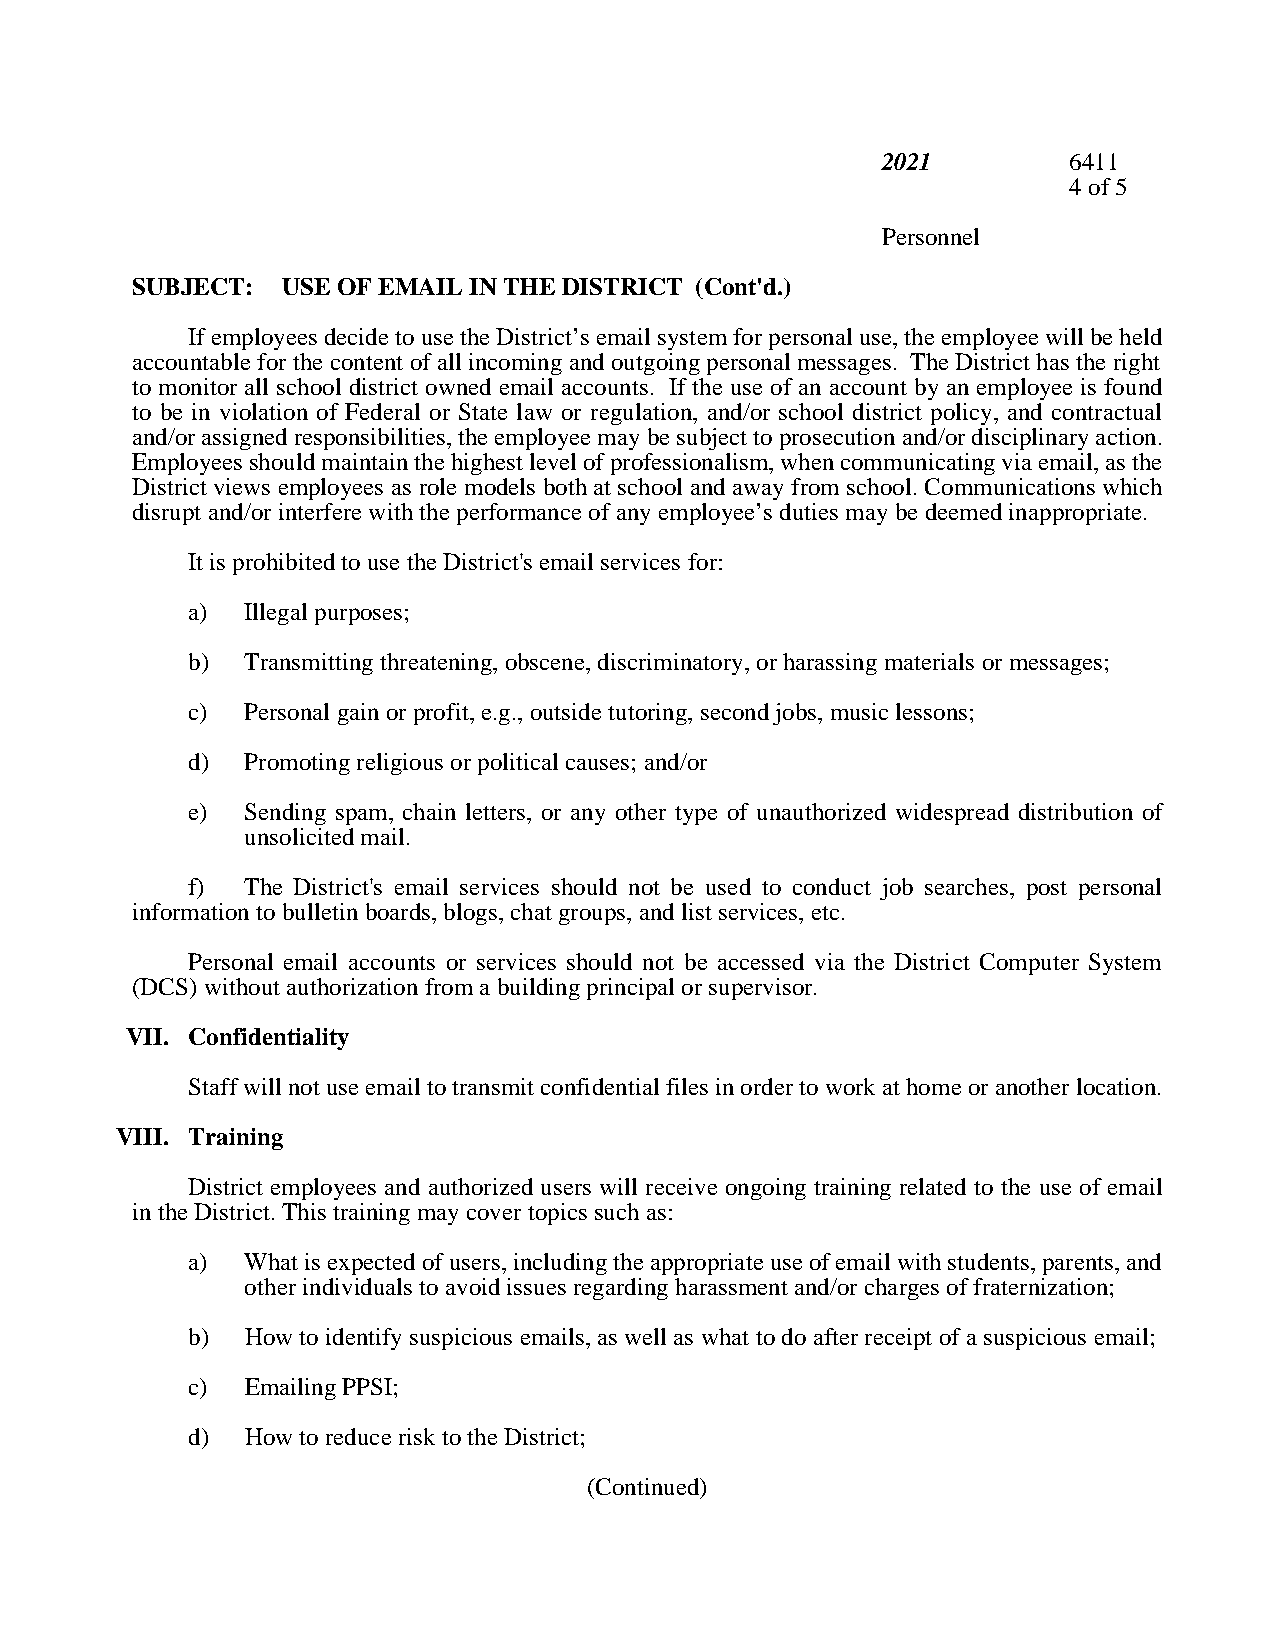
2021         6411
 4 of 5
 Personnel
 SUBJECT:  USE OF EMAIL IN THE DISTRICT (Cont'd.)
 If employees decide to use the District’s email system for personal use, the employee will be held
 accountable for the content of all incoming and outgoing personal messages. The District has the right
 to monitor all school district owned email accounts. If the use of an account by an employee is found
 to be in violation of Federal or State law or regulation, and/or school district policy, and contractual
 and/or assigned responsibilities, the employee may be subject to prosecution and/or disciplinary action.
 Employees should maintain the highest level of professionalism, when communicating via email, as the
 District views employees as role models both at school and away from school. Communications which
 disrupt and/or interfere with the performance of any employee’s duties may be deemed inappropriate.
 It is prohibited to use the District's email services for:
 a)  Illegal purposes;
 b)  Transmitting threatening, obscene, discriminatory, or harassing materials or messages;
 c)  Personal gain or profit, e.g., outside tutoring, second jobs, music lessons;
 d)  Promoting religious or political causes; and/or
 e)  Sending spam, chain letters, or any other type of unauthorized widespread distribution of
 unsolicited mail.
 f)  The District's email services should not be used to conduct job searches, post personal
 information to bulletin boards, blogs, chat groups, and list services, etc.
 Personal email accounts or services should not be accessed via the District Computer System
 (DCS) without authorization from a building principal or supervisor.
 VII. Confidentiality
 Staff will not use email to transmit confidential files in order to work at home or another location.
 VIII. Training
 District employees and authorized users will receive ongoing training related to the use of email
 in the District. This training may cover topics such as:
 a)  What is expected of users, including the appropriate use of email with students, parents, and
 other individuals to avoid issues regarding harassment and/or charges of fraternization;
 b)  How to identify suspicious emails, as well as what to do after receipt of a suspicious email;
 c)  Emailing PPSI;
 d)  How to reduce risk to the District;
 (Continued)